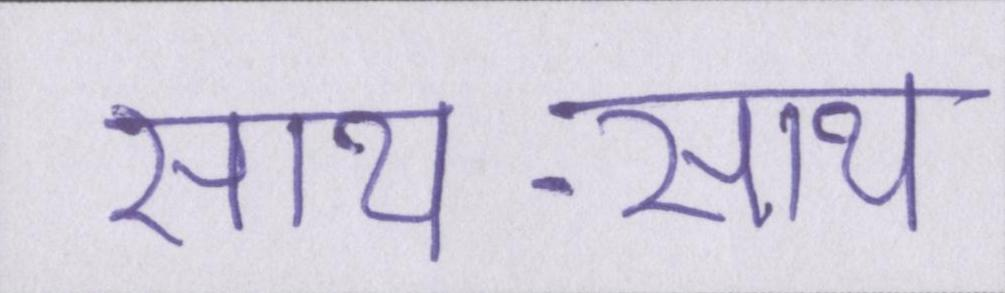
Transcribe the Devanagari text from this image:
साथ-साथ